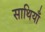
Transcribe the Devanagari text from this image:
साथियाँ